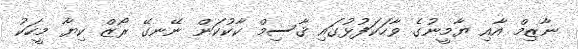
ނާޒިމް އާއި ޔާމީނުގެ ވާހަކަފުޅުގައި ޤާސިމް ކާކުކަން ނޭނގޭ ރޯޒް ކިޔާ މީހަކު